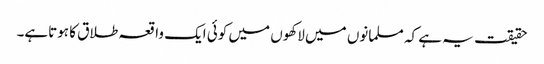
حقیقت یہ ہے کہ مسلمانوں میں لاکھوں میں کوئی ایک واقعہ طلاق کا ہوتاہے۔